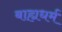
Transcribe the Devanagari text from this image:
बाह्यधर्म